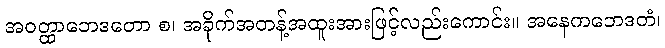
အဝတ္ထာဘေဒတော စ၊ အခိုက်အတန့်အထူးအားဖြင့်လည်းကောင်း။ အနေကဘေဒတံ၊